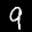
Label: 9